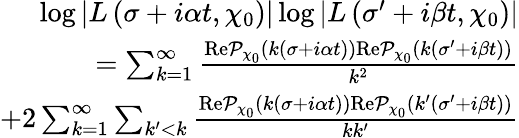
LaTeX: \begin{array}{r}{\log\left|L\left(\sigma+i\alpha t,\chi_{0}\right)\right|\log\left|L\left(\sigma^{\prime}+i\beta t,\chi_{0}\right)\right|}\\ {=\sum_{k=1}^{\infty}\frac{\textnormal{Re}\mathcal{P}_{\chi_{0}}\left(k\left(\sigma+i\alpha t\right)\right)\textnormal{Re}\mathcal{P}_{\chi_{0}}\left(k\left(\sigma^{\prime}+i\beta t\right)\right)}{k^{2}}}\\ {+2\sum_{k=1}^{\infty}\sum_{k^{\prime}<k}\frac{\textnormal{Re}\mathcal{P}_{\chi_{0}}\left(k\left(\sigma+i\alpha t\right)\right)\textnormal{Re}\mathcal{P}_{\chi_{0}}\left(k^{\prime}\left(\sigma^{\prime}+i\beta t\right)\right)}{kk^{\prime}}}\end{array}